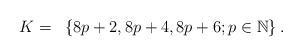
LaTeX: \begin{align*}K=~\left\{ 8p+2,8p+4,8p+6;p\in\mathbb{N}\right\}.\end{align*}